system: You are a helpful assistant.
user:
Analyze the provided spectrum to determine if it is a **White Dwarf (WD)**.

A White Dwarf spectrum is defined by its **extreme purity** (due to gravitational settling) and/or **extreme pressure broadening** (due to high surface gravity). You must check for one of the following mutually exclusive signatures:

- **Key Visual Indicators (Check for ONE of these types):**

    - **1. DA-Type Signature (Most Common):**
        - **(Primary Feature):** Extreme pressure broadening (Stark broadening) of the **Hydrogen (H) Balmer lines**.
        - **(Key Lines):** $H\beta$ (approx. $4861$ Å) and $H\gamma$ (approx. $4340$ Å). $H\alpha$ (approx. $6563$ Å) will also be present if the wavelength range covers it.
        - **(Line Profile):** This is the **defining feature**. The lines are **NOT** sharp. They appear as massive, **extremely broad and deep "troughs" or "dips"** in the spectrum, often hundreds of Ångströms wide. The continuum will appear to "scoop" down at these wavelengths.
        - **(Distinction):** Normal A-type or B-type stars have *narrow* and *sharp* Hydrogen lines. A DA White Dwarf's lines are unmistakably "smeared" or "blurry" from pressure.

    - **2. DB-Type Signature:**
        - **(Primary Feature):** Broad absorption lines from **Neutral Helium (He I)**. The spectrum must lack any visible Hydrogen lines.
        - **(Key Lines):** Look for broad absorption near $4471$ Å, $4921$ Å, and $5876$ Å.
        - **(Line Profile):** These lines are also significantly pressure-broadened, appearing much wider than they would in a normal B-type main-sequence star.

    - **3. DC-Type Signature:**
        - **(Primary Feature):** A **featureless continuous spectrum**.
        - **(Line Profile):** The spectrum is a smooth curve with **no significant absorption or emission lines**.
        - **(Key Confirmation):** The continuum is almost always **blue or white**, indicating a hot object. This signature implies the atmosphere is so pure (or so cool) that no spectral lines are visible in the optical range. Its WD identity is confirmed by its extremely low intrinsic brightness (high absolute magnitude).

    - **4. DZ-Type Signature (Metal-Polluted):**
        - **(Primary Feature):** **Isolated, narrow metal absorption lines** on an otherwise featureless (DC-like) continuum.
        - **(Key Lines):** The **Calcium (Ca II) H & K doublet** (approx. **$3934$ Å** and **$3968$ Å**) is the most common and defining feature.
        - **(Line Profile):** These lines are "out of place." They are *not* part of a "forest" of thousands of lines. This signature is evidence of recent *accretion* (pollution) from rocky debris.
        - **(Distinction):** Normal G/K/M stars have a *dense forest* of thousands of metal lines. A DZ has a *clean* continuum with *only a few* strong metal lines.

    - **5. DQ-Type Signature (Carbon-Polluted):**
        - **(Primary Feature):** Absorption bands from **Carbon (C₂ "Swan Bands" or atomic C I)**.
        - **(Key Lines - C₂):** Look for bandheads with a "saw-tooth" shape near $5635$ Å, **$5165$ Å** (strongest), and $4737$ Å.
        - **(Key Confirmation):** The underlying **continuum must be blue or white** (hot).
        - **(Distinction):** This is the critical difference from a **Carbon Star**, which has the *exact same* C₂ bands but on an extremely **red, cool** continuum.

- **(Overall Spectrum):**
    - The continuum (overall shape) is typically **blue-sloping** (brighter in the blue than the red), as most white dwarfs are very hot.
    - The spectrum will look "pure" or "simple," dominated by only *one* of the five signatures listed above.

Think first, call **spectral_visualization_tool** if needed to examine features in detail, then provide your final answer. Your response must adhere to the following strict rules:
1.  **Overall Structure:** Your response must follow the format `<think>...</think> <tool_call>...</tool_call> (if a tool is used) <answer>...</answer>`.
2.  **Tool Usage Constraint:** You may only make **one** tool call per turn.
3.  **Final Answer Format:** In the `<answer>` tag, your conclusion must be inside a `\boxed{}` command (e.g., `\boxed{YES}` or `\boxed{NO}`), followed by your justification.

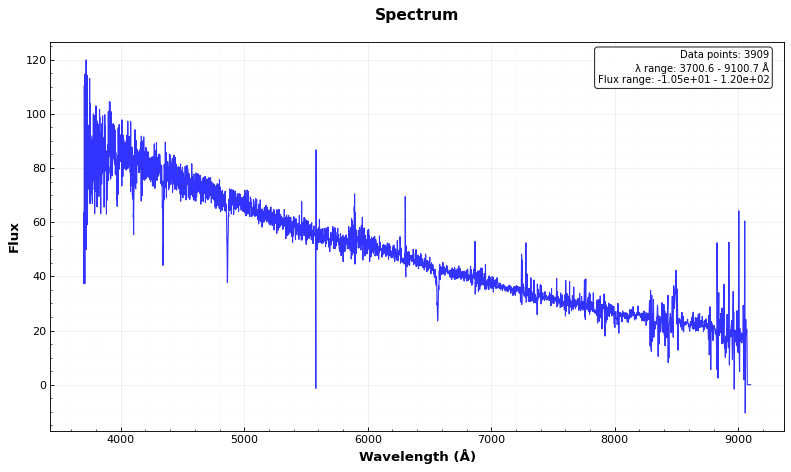
Answer: YES